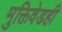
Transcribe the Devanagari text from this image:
मुक्तिवेडही